画像に写った文字を読んでください
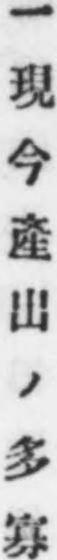
「一現今產出ノ多寡」と書いてあります